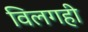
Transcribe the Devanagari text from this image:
विलगही